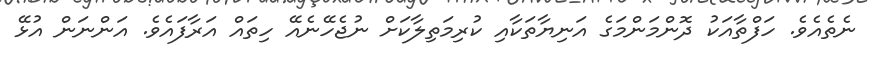
ނެތެއެވެ. ހަފްތާއަކު ދޮންމަންމަގެ އަނިޔާތަކާއި ކުރިމަތިލާކަށް ނުޖެހޭނެއޭ ހިތައް އަރާފައެވެ. އަންނަން އުޅޭ